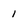
Character: 1